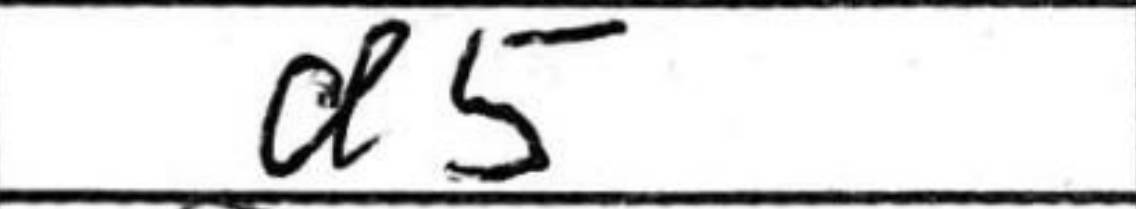
Transcription: d5